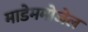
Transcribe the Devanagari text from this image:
माडेममोजेल